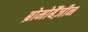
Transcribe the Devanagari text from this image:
ब्रोमोबैंज़ीन